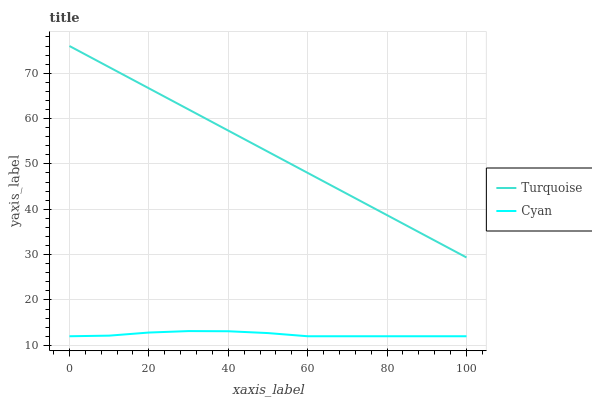
| xaxis_label | Turquoise | Cyan |
 | --- | --- | --- |
 | 0 | 76 | 12 |
 | 10 | 71.3 | 12.1 |
 | 20 | 66.7 | 12.8 |
 | 30 | 62 | 13.1 |
 | 40 | 57.3 | 13.1 |
 | 50 | 52.7 | 12.7 |
 | 60 | 48 | 12 |
 | 70 | 43.4 | 12 |
 | 80 | 38.7 | 12 |
 | 90 | 34 | 12 |
 | 100 | 29.4 | 12 |